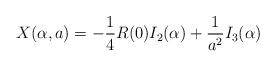
LaTeX: \begin{align*}X(\alpha,a)=-\frac 14 R(0)I_{2}(\alpha)+{1 \over a^2} I_3(\alpha)\end{align*}